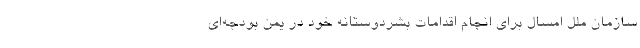
سازمان ملل امسال برای انجام اقدامات بشردوستانه خود در یمن بودجه‌ای